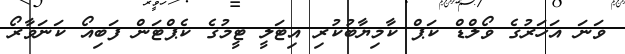
ވަނަ އަހަރުގެ ވޯލްޑް ކަޕް ކާމިޔާބުކުރި އިޓަލީ ޓީމުގެ ކެޕްޓަން ފަބިއޯ ކަނަވާރޯ